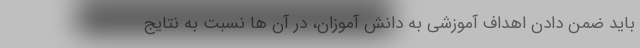
باید ضمن دادن اهداف آموزشی به دانش آموزان، در آن ها نسبت به نتایج